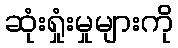
ဆုံးရှုံးမှုများကို